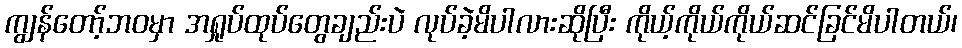
ကျွန်တော့်ဘဝမှာ အရှုပ်ထုပ်တွေချည်းပဲ လုပ်ခဲ့မိပါလားဆိုပြီး ကိုယ့်ကိုယ်ကိုယ်ဆင်ခြင်မိပါတယ်၊